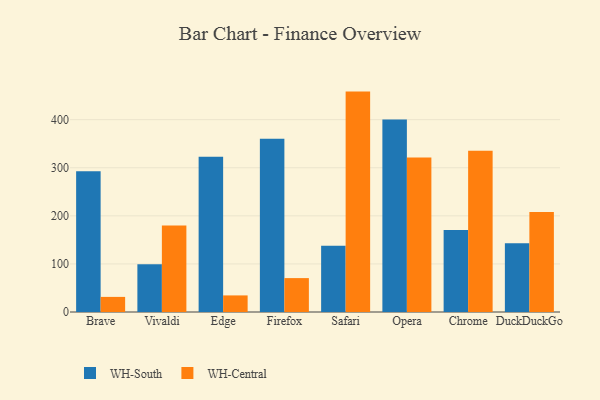
{"axis": {"x": "Browser", "y": "Headcount"}, "legend": ["WH-Central", "WH-South"], "data": [{"x": "Brave", "y": 292.5, "type": "WH-South"}, {"x": "Brave", "y": 31.4, "type": "WH-Central"}, {"x": "Vivaldi", "y": 99.4, "type": "WH-South"}, {"x": "Vivaldi", "y": 179.8, "type": "WH-Central"}, {"x": "Edge", "y": 322.9, "type": "WH-South"}, {"x": "Edge", "y": 34.5, "type": "WH-Central"}, {"x": "Firefox", "y": 360.2, "type": "WH-South"}, {"x": "Firefox", "y": 70.5, "type": "WH-Central"}, {"x": "Safari", "y": 137.9, "type": "WH-South"}, {"x": "Safari", "y": 458.4, "type": "WH-Central"}, {"x": "Opera", "y": 400.3, "type": "WH-South"}, {"x": "Opera", "y": 321.1, "type": "WH-Central"}, {"x": "Chrome", "y": 170.8, "type": "WH-South"}, {"x": "Chrome", "y": 335.4, "type": "WH-Central"}, {"x": "DuckDuckGo", "y": 143.0, "type": "WH-South"}, {"x": "DuckDuckGo", "y": 207.8, "type": "WH-Central"}]}